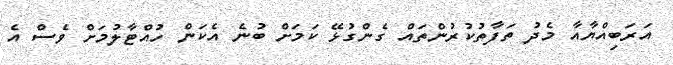
އަރަބިއްޔާއާ މެދު ތަފާތުކުރުންތައް ގެންގުޅޭ ކަމަށް ބުނެ އެކަން ހުއްޓާލުމަށް ވެސް އެ